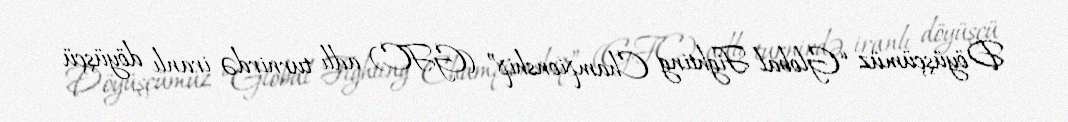
Döyüşçümüz “Global Fighting Championship” (GFC) adlı turnirdə iranlı döyüşçü